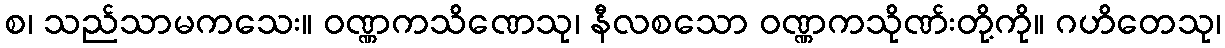
စ၊ သည်သာမကသေး။ ဝဏ္ဏကသိဏေသု၊ နီလစသော ဝဏ္ဏကသိုဏ်းတို့ကို။ ဂဟိတေသု၊